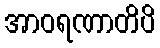
အာဝရဏာတိပိ